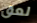
لعق